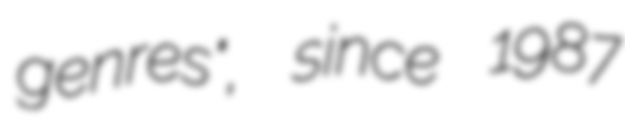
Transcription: genres", since 1987